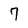
Character: 7